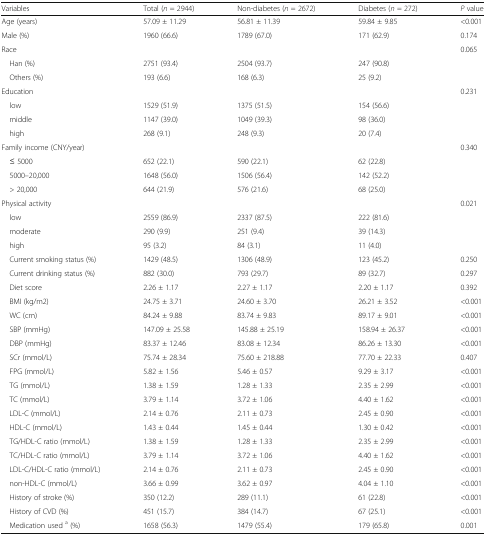
<table><thead><tr><td><b>Variables</b></td><td><b>Total (<i>n</i> = 2944)</b></td><td><b>Non-diabetes (<i>n</i> = 2672)</b></td><td><b>Diabetes (<i>n</i> = 272)</b></td><td><b><i>P</i> value</b></td></tr></thead><tbody><tr><td>Age (years)</td><td>57.09 ± 11.29</td><td>56.81 ± 11.39</td><td>59.84 ± 9.85</td><td>&lt;0.001</td></tr><tr><td>Male (%)</td><td>1960 (66.6)</td><td>1789 (67.0)</td><td>171 (62.9)</td><td>0.174</td></tr><tr><td>Race</td><td></td><td></td><td></td><td>0.065</td></tr><tr><td> Han (%)</td><td>2751 (93.4)</td><td>2504 (93.7)</td><td>247 (90.8)</td><td></td></tr><tr><td> Others (%)</td><td>193 (6.6)</td><td>168 (6.3)</td><td>25 (9.2)</td><td></td></tr><tr><td>Education</td><td></td><td></td><td></td><td>0.231</td></tr><tr><td> low</td><td>1529 (51.9)</td><td>1375 (51.5)</td><td>154 (56.6)</td><td></td></tr><tr><td> middle</td><td>1147 (39.0)</td><td>1049 (39.3)</td><td>98 (36.0)</td><td></td></tr><tr><td> high</td><td>268 (9.1)</td><td>248 (9.3)</td><td>20 (7.4)</td><td></td></tr><tr><td>Family income (CNY/year)</td><td></td><td></td><td></td><td>0.340</td></tr><tr><td> ≤ 5000</td><td>652 (22.1)</td><td>590 (22.1)</td><td>62 (22.8)</td><td></td></tr><tr><td> 5000–20,000</td><td>1648 (56.0)</td><td>1506 (56.4)</td><td>142 (52.2)</td><td></td></tr><tr><td> &gt; 20,000</td><td>644 (21.9)</td><td>576 (21.6)</td><td>68 (25.0)</td><td></td></tr><tr><td>Physical activity</td><td></td><td></td><td></td><td>0.021</td></tr><tr><td> low</td><td>2559 (86.9)</td><td>2337 (87.5)</td><td>222 (81.6)</td><td></td></tr><tr><td> moderate</td><td>290 (9.9)</td><td>251 (9.4)</td><td>39 (14.3)</td><td></td></tr><tr><td> high</td><td>95 (3.2)</td><td>84 (3.1)</td><td>11 (4.0)</td><td></td></tr><tr><td> Current smoking status (%)</td><td>1429 (48.5)</td><td>1306 (48.9)</td><td>123 (45.2)</td><td>0.250</td></tr><tr><td> Current drinking status (%)</td><td>882 (30.0)</td><td>793 (29.7)</td><td>89 (32.7)</td><td>0.297</td></tr><tr><td> Diet score</td><td>2.26 ± 1.17</td><td>2.27 ± 1.17</td><td>2.20 ± 1.17</td><td>0.392</td></tr><tr><td> BMI (kg/m2)</td><td>24.75 ± 3.71</td><td>24.60 ± 3.70</td><td>26.21 ± 3.52</td><td>&lt;0.001</td></tr><tr><td> WC (cm)</td><td>84.24 ± 9.88</td><td>83.74 ± 9.83</td><td>89.17 ± 9.01</td><td>&lt;0.001</td></tr><tr><td> SBP (mmHg)</td><td>147.09 ± 25.58</td><td>145.88 ± 25.19</td><td>158.94 ± 26.37</td><td>&lt;0.001</td></tr><tr><td> DBP (mmHg)</td><td>83.37 ± 12.46</td><td>83.08 ± 12.34</td><td>86.26 ± 13.30</td><td>&lt;0.001</td></tr><tr><td> SCr (mmol/L)</td><td>75.74 ± 28.34</td><td>75.60 ± 218.88</td><td>77.70 ± 22.33</td><td>0.407</td></tr><tr><td> FPG (mmol/L)</td><td>5.82 ± 1.56</td><td>5.46 ± 0.57</td><td>9.29 ± 3.17</td><td>&lt;0.001</td></tr><tr><td> TG (mmol/L)</td><td>1.38 ± 1.59</td><td>1.28 ± 1.33</td><td>2.35 ± 2.99</td><td>&lt;0.001</td></tr><tr><td> TC (mmol/L)</td><td>3.79 ± 1.14</td><td>3.72 ± 1.06</td><td>4.40 ± 1.62</td><td>&lt;0.001</td></tr><tr><td> LDL-C (mmol/L)</td><td>2.14 ± 0.76</td><td>2.11 ± 0.73</td><td>2.45 ± 0.90</td><td>&lt;0.001</td></tr><tr><td> HDL-C (mmol/L)</td><td>1.43 ± 0.44</td><td>1.45 ± 0.44</td><td>1.30 ± 0.42</td><td>&lt;0.001</td></tr><tr><td> TG/HDL-C ratio (mmol/L)</td><td>1.38 ± 1.59</td><td>1.28 ± 1.33</td><td>2.35 ± 2.99</td><td>&lt;0.001</td></tr><tr><td> TC/HDL-C ratio (mmol/L)</td><td>3.79 ± 1.14</td><td>3.72 ± 1.06</td><td>4.40 ± 1.62</td><td>&lt;0.001</td></tr><tr><td> LDL-C/HDL-C ratio (mmol/L)</td><td>2.14 ± 0.76</td><td>2.11 ± 0.73</td><td>2.45 ± 0.90</td><td>&lt;0.001</td></tr><tr><td> non-HDL-C (mmol/L)</td><td>3.66 ± 0.99</td><td>3.62 ± 0.97</td><td>4.04 ± 1.10</td><td>&lt;0.001</td></tr><tr><td> History of stroke (%)</td><td>350 (12.2)</td><td>289 (11.1)</td><td>61 (22.8)</td><td>&lt;0.001</td></tr><tr><td> History of CVD (%)</td><td>451 (15.7)</td><td>384 (14.7)</td><td>67 (25.1)</td><td>&lt;0.001</td></tr><tr><td> Medication used <sup>a</sup> (%)</td><td>1658 (56.3)</td><td>1479 (55.4)</td><td>179 (65.8)</td><td>0.001</td></tr></tbody></table>